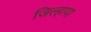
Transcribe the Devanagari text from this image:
जिल्हाया